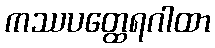
ကဿပတ္ထေရဂါထာ